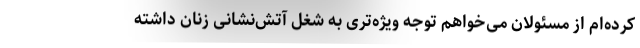
کرده‌ام از مسئولان می‌خواهم توجه ویژه‌تری به شغل آتش‌نشانی زنان داشته